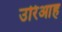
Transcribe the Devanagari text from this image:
उरिआह